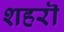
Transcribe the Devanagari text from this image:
शहरॊ